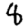
Digit: 8